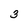
Character: 3